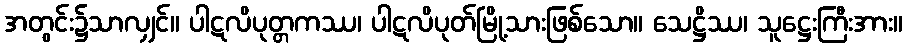
အတွင်း၌သာလျှင်။ ပါဋလိပုတ္တကဿ၊ ပါဋလိပုတ်မြို့သားဖြစ်သော။ သေဋ္ဌိဿ၊ သူဋ္ဌေးကြီးအား။